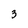
Character: 3